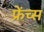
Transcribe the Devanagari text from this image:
फ्रेंच्स